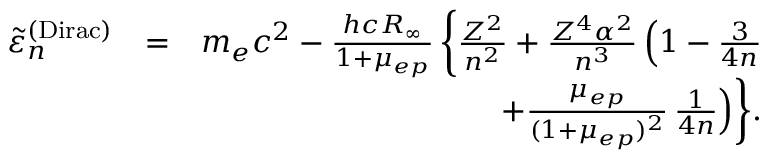
\begin{array} { r l r } { \tilde { \varepsilon } _ { n } ^ { \mathrm { ( D i r a c ) } } } & { = } & { m _ { e } c ^ { 2 } - \frac { h c R _ { \infty } } { 1 + \mu _ { e p } } \, \bigg \{ \frac { Z ^ { 2 } } { n ^ { 2 } } + \frac { Z ^ { 4 } \alpha ^ { 2 } } { n ^ { 3 } } \, \Big ( 1 - \frac { 3 } { 4 n } } \\ & { } & { + \frac { \mu _ { e p } } { ( 1 + \mu _ { e p } ) ^ { 2 } } \, \frac { 1 } { 4 n } \Big ) \bigg \} . } \end{array}